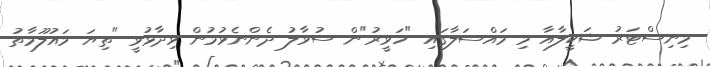
މިނިސްޓަރު ޝަކީލާއާ މި މައްސަލާގައި "ހަވީރު"ން ސުވާލު ދެންނެވުމުން ވިދާޅުވީ "ތިޔަ މައުލޫމާތު